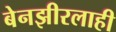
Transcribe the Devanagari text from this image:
बेनझीरलाही